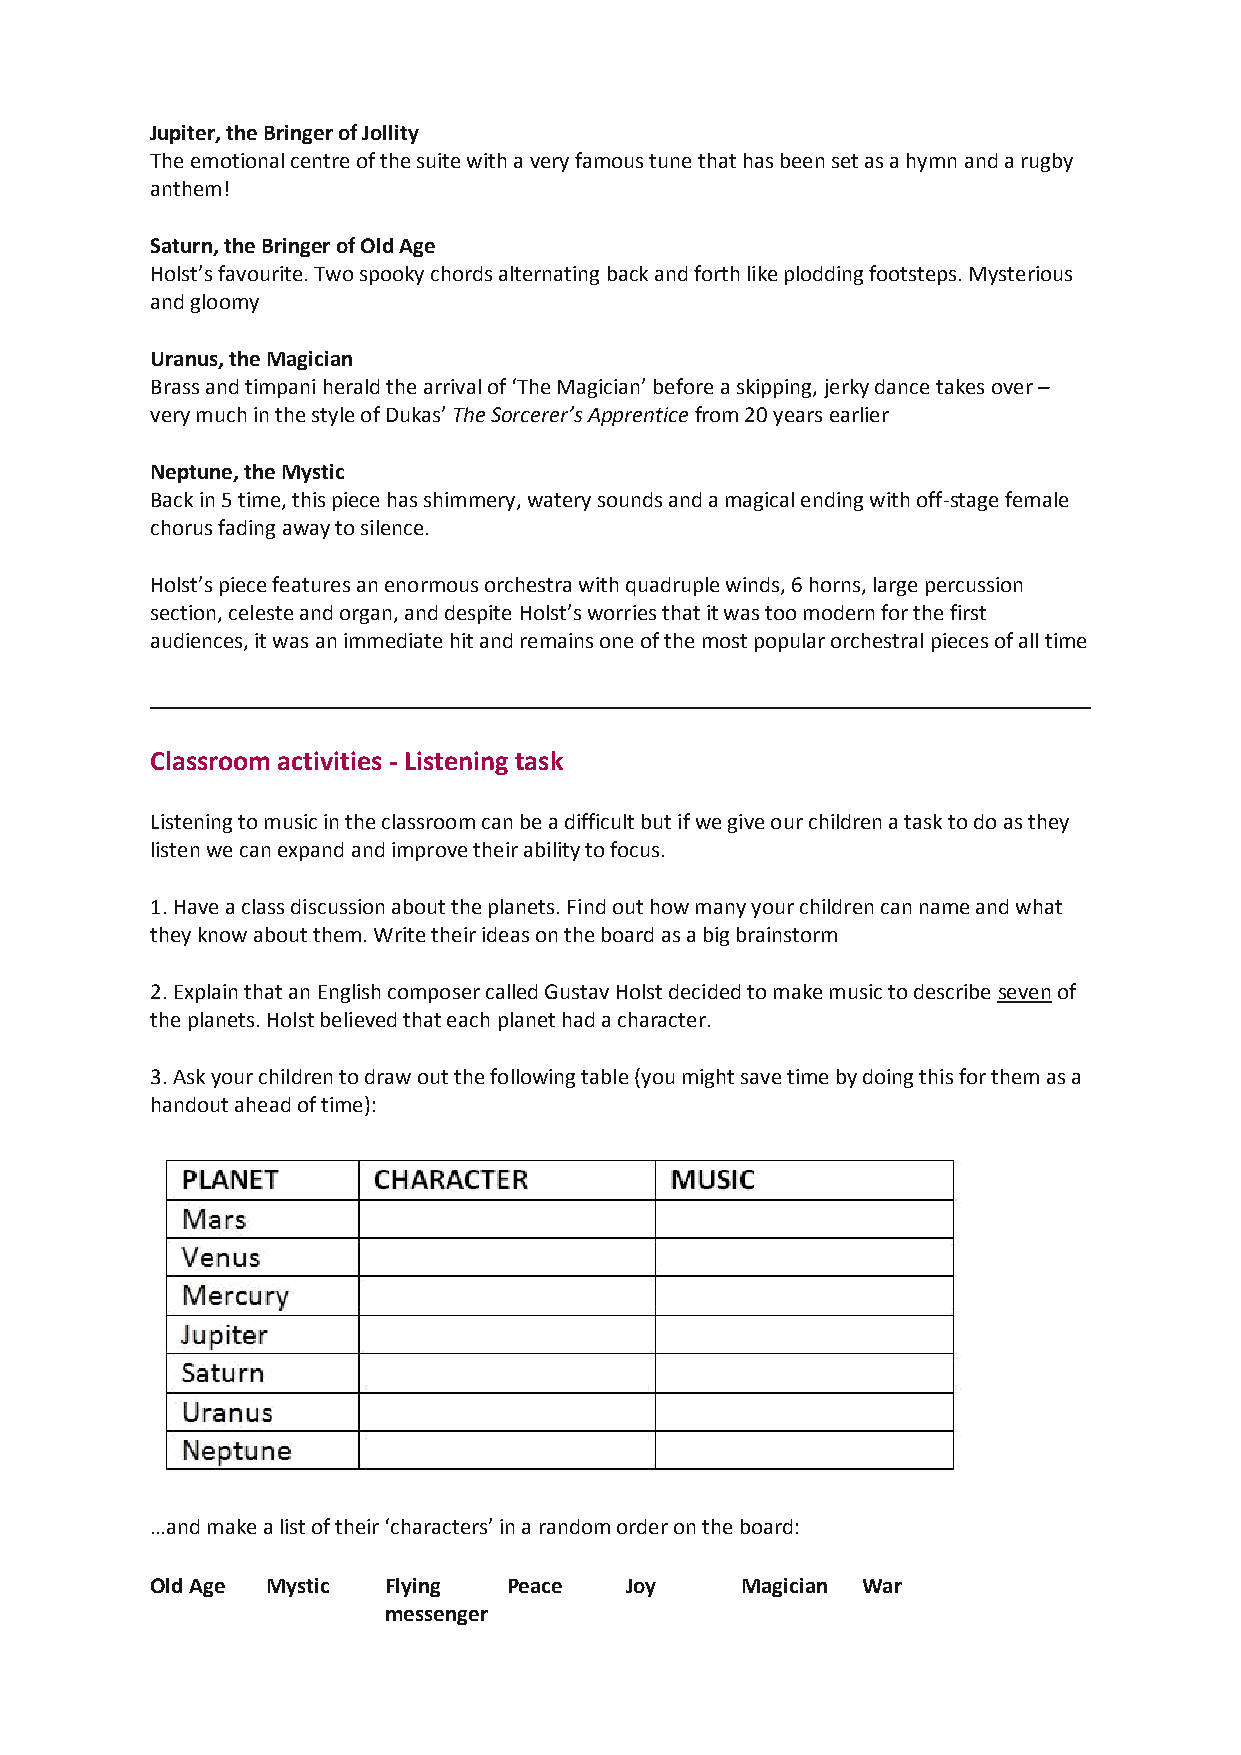
Jupiter, the Bringer of Jollity
 The emotional centre of the suite with a very famous tune that has been set as a hymn and a rugby
 anthem!
 Saturn, the Bringer of Old Age
 Holst’s favourite. Two spooky chords alternating back and forth like plodding footsteps. Mysterious
 and gloomy
 Uranus, the Magician
 Brass and timpani herald the arrival of ‘The Magician’ before a skipping, jerky dance takes over –
 very much in the style of Dukas’ The Sorcerer’s Apprentice from 20 years earlier
 Neptune, the Mystic
 Back in 5 time, this piece has shimmery, watery sounds and a magical ending with off-stage female
 chorus fading away to silence.
 Holst’s piece features an enormous orchestra with quadruple winds, 6 horns, large percussion
 section, celeste and organ, and despite Holst’s worries that it was too modern for the first
 audiences, it was an immediate hit and remains one of the most popular orchestral pieces of all time
 Classroom activities - Listening task
 Listening to music in the classroom can be a difficult but if we give our children a task to do as they
 listen we can expand and improve their ability to focus.
 1. Have a class discussion about the planets. Find out how many your children can name and what
 they know about them. Write their ideas on the board as a big brainstorm
 2. Explain that an English composer called Gustav Holst decided to make music to describe seven of
 the planets. Holst believed that each planet had a character.
 3. Ask your children to draw out the following table (you might save time by doing this for them as a
 handout ahead of time):
 …and make a list of their ‘characters’ in a random order on the board:
 Old Age Mystic Flying   Peace  Joy     Magician War
 messenger